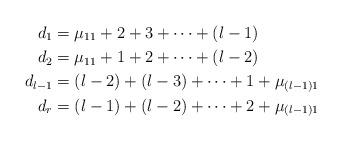
LaTeX: \begin{align*}d_1=&\;\mu_{11}+2+3+\cdots+(l-1)\\d_2=&\;\mu_{11}+1+2+\cdots+(l-2)\\d_{l-1}=&\;(l-2)+(l-3)+\cdots+1+\mu_{(l-1)1}\\d_r=&\; (l-1)+(l-2)+\cdots+2+\mu_{(l-1)1}\end{align*}